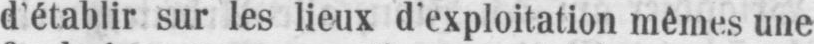
d’établir sur lez lieux d’exploitation mêmes une